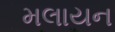
મલાયન